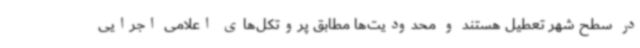
در سطح شهر تعطیل هستند و محدودیت‌ها مطابق پروتکل‌های اعلامی اجرایی